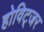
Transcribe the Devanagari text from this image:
होविट्जर